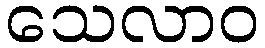
သေလာဝ